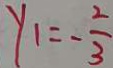
y _ { 1 } = - \frac { 2 } { 3 }